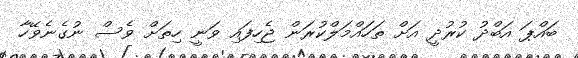
ބައްޕަ އަބްދު ކުރުދީ އަށް ތަހައްމަލްކުރަން ޖެހިފައި ވަނީ ހިތަށް ވެސް ނުގެނެވޭހާ